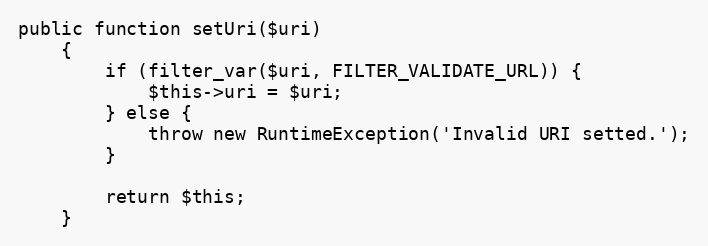
Language: PHP
public function setUri($uri)
	{
		if (filter_var($uri, FILTER_VALIDATE_URL)) {
			$this->uri = $uri;
		} else {
			throw new RuntimeException('Invalid URI setted.');
		}

		return $this;
	}